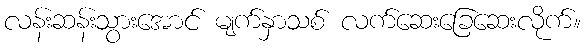
လန်းဆန်းသွားအောင် မျက်နှာသစ် လက်ဆေးခြေဆေးလိုက်။